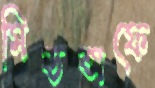
মিডঅফে